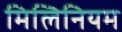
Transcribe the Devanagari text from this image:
मिलिनियम